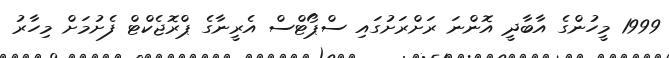
1999 މީހުންގެ އާބާދީ އޮންނަ ރަށްރަށުގައި ސްޕޯޓްސް އެރީނާގެ ޕްރޮޖެކްޓް ފެށުމަށް މިހާރު